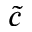
\tilde { c }